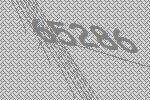
65286